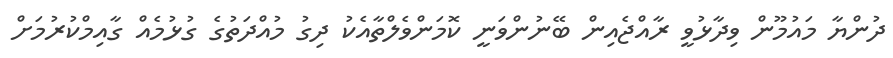
ދުންޔާ މައުމޫން ވިދާޅުވީ ރާއްޖެއިން ބޭނުންވަނީ ކޮމަންވެލްތާއެކު ދިގު މުއްދަތުގެ ގުޅުމެއް ގާއިމްކުރުމަށް